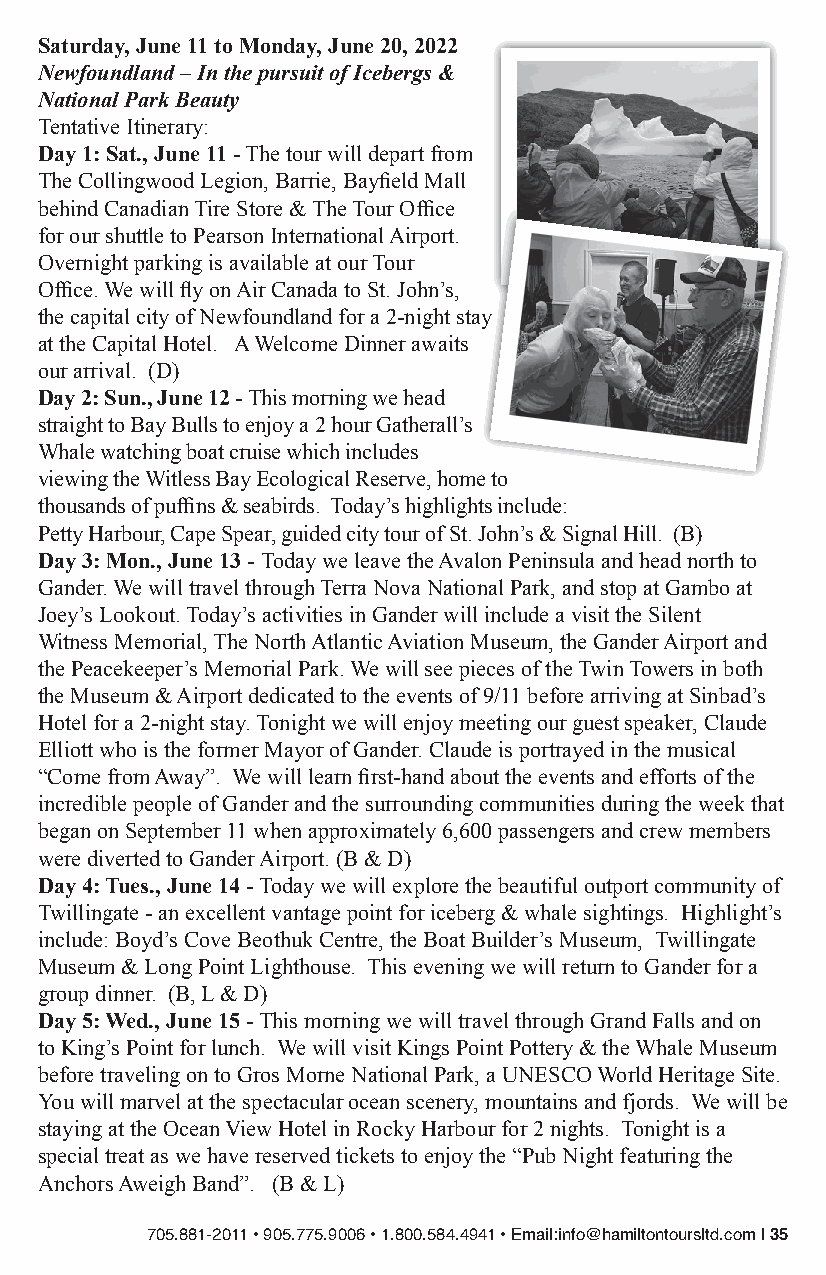
Saturday, June 11 to Monday, June 20, 2022
 Newfoundland – In the pursuit of Icebergs &
 National Park Beauty
 Tentative Itinerary:
 Day 1: Sat., June 11 - The tour will depart from
 The Collingwood Legion, Barrie, Bayfield Mall
 behind Canadian Tire Store & The Tour Office
 for our shuttle to Pearson International Airport.
 Overnight parking is available at our Tour
 Office. We will fly on Air Canada to St. John’s,
 the capital city of Newfoundland for a 2-night stay
 at the Capital Hotel. A Welcome Dinner awaits
 our arrival. (D)
 Day 2: Sun., June 12 - This morning we head
 straight to Bay Bulls to enjoy a 2 hour Gatherall’s
 Whale watching boat cruise which includes
 viewing the Witless Bay Ecological Reserve, home to
 thousands of puffins & seabirds. Today’s highlights include:
 Petty Harbour, Cape Spear, guided city tour of St. John’s & Signal Hill. (B)
 Day 3: Mon., June 13 - Today we leave the Avalon Peninsula and head north to
 Gander. We will travel through Terra Nova National Park, and stop at Gambo at
 Joey’s Lookout. Today’s activities in Gander will include a visit the Silent
 Witness Memorial, The North Atlantic Aviation Museum, the Gander Airport and
 the Peacekeeper’s Memorial Park. We will see pieces of the Twin Towers in both
 the Museum & Airport dedicated to the events of 9/11 before arriving at Sinbad’s
 Hotel for a 2-night stay. Tonight we will enjoy meeting our guest speaker, Claude
 Elliott who is the former Mayor of Gander. Claude is portrayed in the musical
 “Come from Away”. We will learn first-hand about the events and efforts of the
 incredible people of Gander and the surrounding communities during the week that
 began on September 11 when approximately 6,600 passengers and crew members
 were diverted to Gander Airport. (B & D)
 Day 4: Tues., June 14 - Today we will explore the beautiful outport community of
 Twillingate - an excellent vantage point for iceberg & whale sightings. Highlight’s
 include: Boyd’s Cove Beothuk Centre, the Boat Builder’s Museum, Twillingate
 Museum & Long Point Lighthouse. This evening we will return to Gander for a
 group dinner. (B, L & D)
 Day 5: Wed., June 15 - This morning we will travel through Grand Falls and on
 to King’s Point for lunch. We will visit Kings Point Pottery & the Whale Museum
 before traveling on to Gros Morne National Park, a UNESCO World Heritage Site.
 You will marvel at the spectacular ocean scenery, mountains and fjords. We will be
 staying at the Ocean View Hotel in Rocky Harbour for 2 nights. Tonight is a
 special treat as we have reserved tickets to enjoy the “Pub Night featuring the
 Anchors Aweigh Band”. (B & L)
 705.881-2011 • 905.775.9006 • 1.800.584.4941 • Email:info@hamiltontoursltd.com | 35